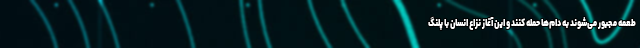
طعمه مجبور می‌شوند به دام‌ها حمله کنند و این آغاز نزاع انسان با پلنگ